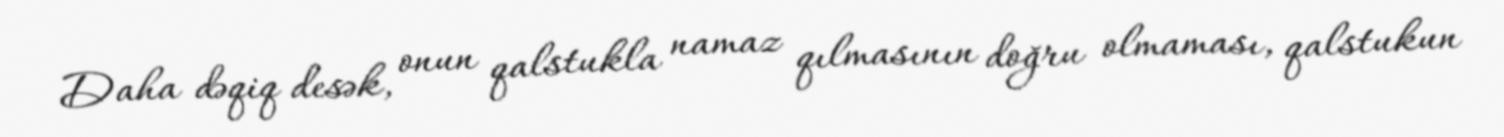
Daha dəqiq desək, onun qalstukla namaz qılmasının doğru olmaması, qalstukun